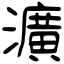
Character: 瀇